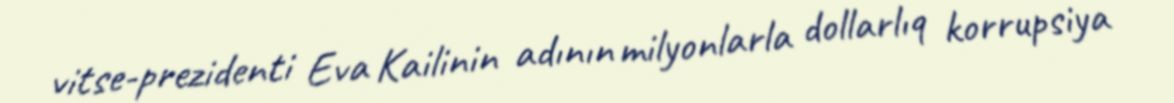
vitse-prezidenti Eva Kailinin adının milyonlarla dollarlıq korrupsiya